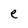
Character: e